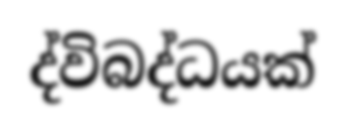
ද්විබද්ධයක්